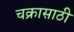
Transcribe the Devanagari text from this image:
चक्रासाठी